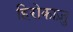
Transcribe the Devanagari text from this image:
हिरोकाज़ु